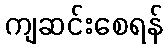
ကျဆင်းစေရန်